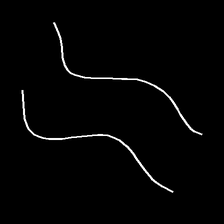
Glyph: float